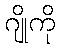
ဂျိုကို